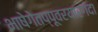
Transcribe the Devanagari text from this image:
भाषेगेतप्पूवरयारगंदा